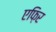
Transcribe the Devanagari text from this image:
एफ़िर